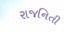
રાજનિતી